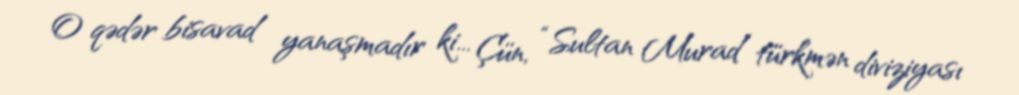
O qədər bisavad yanaşmadır ki... Çün, “Sultan Murad” türkmən diviziyası